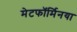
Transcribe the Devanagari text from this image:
मेटफॉर्मिनया